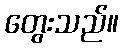
တွေးသည်။